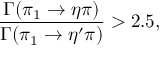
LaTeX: { \frac { \Gamma ( \pi _ { 1 } \to \eta \pi ) } { \Gamma ( \pi _ { 1 } \to \eta ^ { \prime } \pi ) } } > 2 . 5 ,